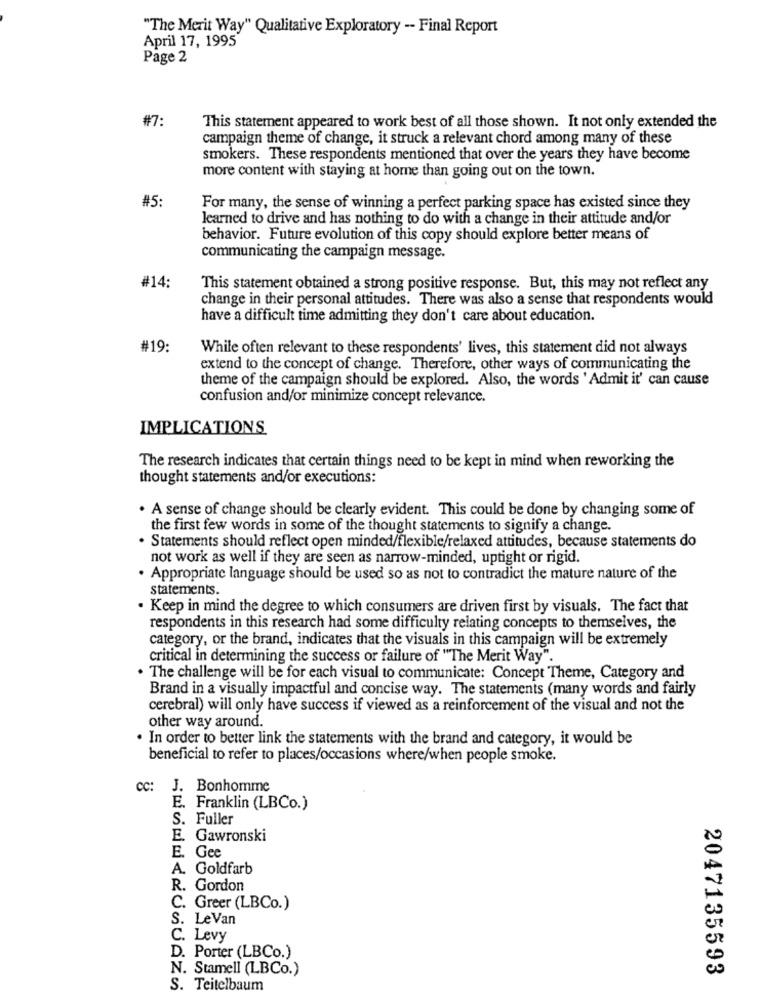
"The Merit Way" Qualitative Exploratory -- Final Report
April 17, 1995
Page 2
#7:
This statement appeared to work best of all those shown. It not only extended the
campaign theme of change, it struck a relevant chord among many of these
smokers. These respondents mentioned that over the years they have become
more content with staying at home than going out on the town.
#5:
For many, the sense of winning a perfect parking space has existed since they
learned to drive and has nothing to do with a change in their attitude and/or
behavior. Future evolution of this copy should explore better means of
communicating the campaign message.
#14:
This statement obtained a strong positive response. But, this may not reflect any
change in their personal attitudes. There was also a sense that respondents would
have a difficult time admitting they don't care about education.
#19:
While often relevant to these respondents' lives, this statement did not always
extend to the concept of change. Therefore, other ways of communicating the
theme of the campaign should be explored. Also, the words ' Admit it' can cause
confusion and/or minimize concept relevance.
IMPLICATIONS
The research indicates that certain things need to be kept in mind when reworking the
thought statements and/or executions:
. A sense of change should be clearly evident. This could be done by changing some of
the first few words in some of the thought statements to signify a change.
Statements should reflect open minded/flexible/relaxed attitudes, because statements do
not work as well if they are seen as narrow-minded, uptight or rigid.
Appropriate language should be used so as not to contradict the mature nature of the
statements.
. Keep in mind the degree to which consumers are driven first by visuals. The fact that
respondents in this research had some difficulty relating concepts to themselves, the
category, or the brand, indicates that the visuals in this campaign will be extremely
critical in determining the success or failure of "The Merit Way".
. The challenge will be for each visual to communicate: Concept Theme, Category and
Brand in a visually impactful and concise way. The statements (many words and fairly
cerebral) will only have success if viewed as a reinforcement of the visual and not the
other way around.
. In order to better link the statements with the brand and category, it would be
beneficial to refer to places/occasions where/when people smoke.
CC: J. Bonhomme
E. Franklin (LBCo.)
S. Fuller
E. Gawronski
E. Gee
A. Goldfarb
R. Gordon
C. Greer (LBCo.)
S. LeVan
C. Levy
D. Porter (LBCo.)
N. Stamell (LBCo.)
2047135593
S. Teitelbaum